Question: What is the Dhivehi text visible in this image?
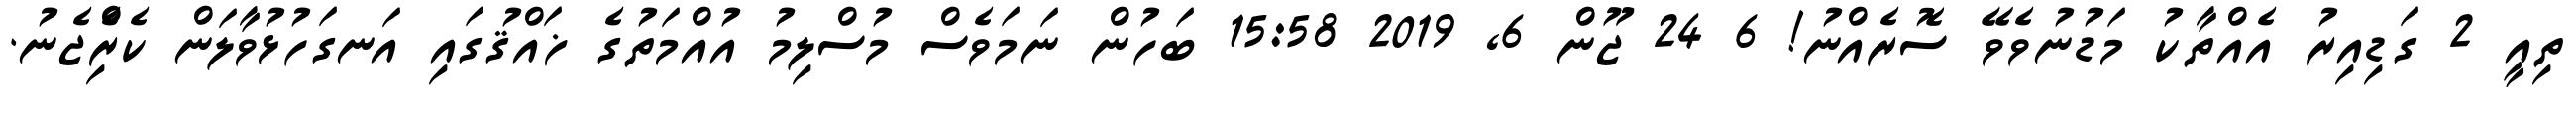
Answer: ތިއީ 2 ގަޑިއިރު އެއްތާކު މަޑުނުވެވޭ ސޮރެއްނު! 6 24 ޖޫން 6, 2019 15:58 ބަހުން ނަމަވެސް މުސްލިމު އުއްމަތުގެ ޚައްޤުގައި އަނގަހުޅުވާލަން ކެރިެްޖެނު.